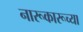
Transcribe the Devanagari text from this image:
नारूकारूच्या